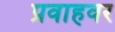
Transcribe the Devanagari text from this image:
प्रवाहवर